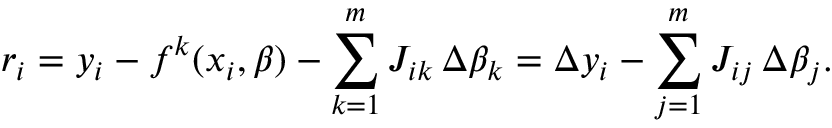
r _ { i } = y _ { i } - f ^ { k } ( x _ { i } , { \boldsymbol { \beta } } ) - \sum _ { k = 1 } ^ { m } J _ { i k } \, \Delta \beta _ { k } = \Delta y _ { i } - \sum _ { j = 1 } ^ { m } J _ { i j } \, \Delta \beta _ { j } .